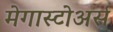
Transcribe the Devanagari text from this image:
मेगास्टोअर्स